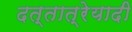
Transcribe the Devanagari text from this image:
दत्तात्रेयादी